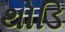
થોડિ